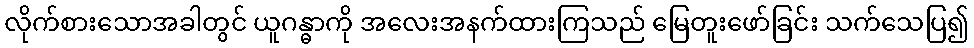
လိုက်စားသောအခါတွင် ယူဂန္ဓာကို အလေးအနက်ထားကြသည် မြေတူးဖော်ခြင်း သက်သေပြ၍